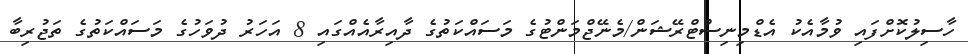
ހާސިލުކޮށްފައި ވުމާއެކު އެޑްމިނިސްޓްރޭޝަން/މެނޭޖްމަންޓުގެ މަސައްކަތުގެ ދާއިރާއެއްގައި 8 އަހަރު ދުވަހުގެ މަސައްކަތުގެ ތަޖުރިބާ